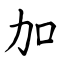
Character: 加